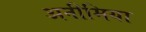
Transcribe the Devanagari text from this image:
अनीमिया